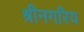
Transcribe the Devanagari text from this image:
श्रीनगरिय